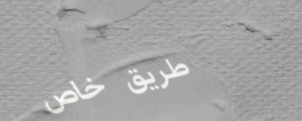
طريق خاص